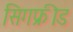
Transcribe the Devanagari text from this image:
सिगफ्रीड